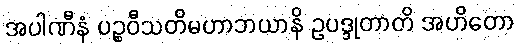
အပါဏီနံ ပဉ္စဝီသတိမဟာဘယာနိ ဥပဒ္ဒုတာတိ အဟိတော